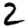
Digit: 2